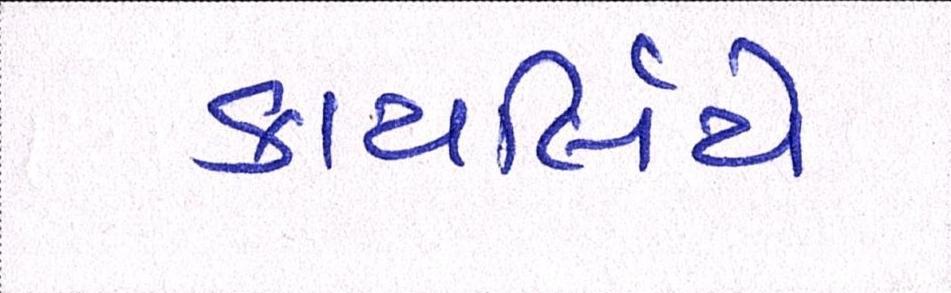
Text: કાયર્લિયે